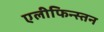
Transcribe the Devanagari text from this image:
एलीफिन्स्तन